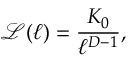
\mathcal { L } ( \ell ) = \frac { K _ { 0 } } { \ell ^ { D - 1 } } ,